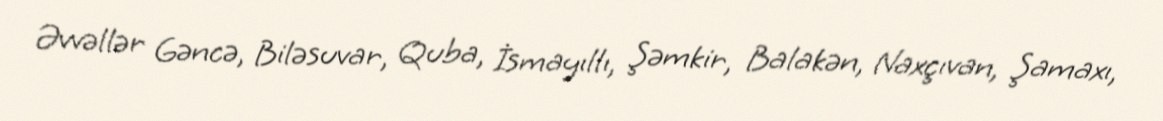
Əvvəllər Gəncə, Biləsuvar, Quba, İsmayıllı, Şəmkir, Balakən, Naxçıvan, Şamaxı,